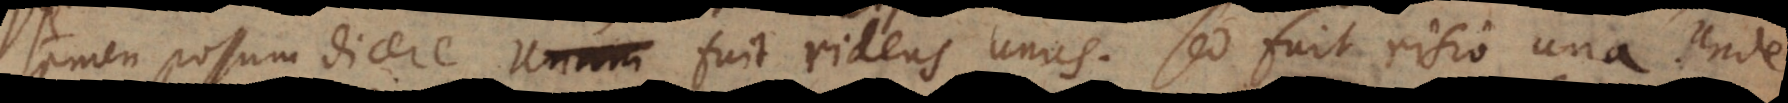
amen possum dicere Unum fuit ridens unus. Sed fuit risio una. Unde